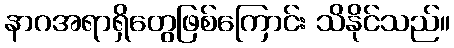
နာဂအရာရှိတွေဖြစ်ကြောင်း သိနိုင်သည်။